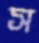
স